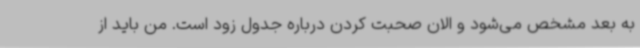
به بعد مشخص می‌شود و الان صحبت کردن درباره جدول زود است. من باید از